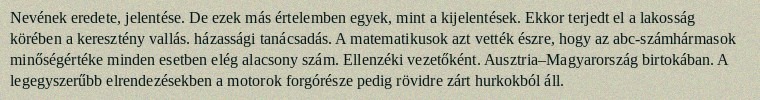
Nevének eredete, jelentése. De ezek más értelemben egyek, mint a kijelentések. Ekkor terjedt el a lakosság körében a keresztény vallás. házassági tanácsadás. A matematikusok azt vették észre, hogy az abc-számhármasok minőségértéke minden esetben elég alacsony szám. Ellenzéki vezetőként. Ausztria–Magyarország birtokában. A legegyszerűbb elrendezésekben a motorok forgórésze pedig rövidre zárt hurkokból áll.